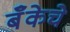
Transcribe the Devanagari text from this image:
बॅँकेचे